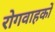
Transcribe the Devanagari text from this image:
रोगवाहकों